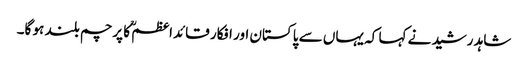
شاہد رشید نے کہا کہ یہاں سے پاکستان اور افکار قائداعظمؒ کا پرچم بلند ہو گا۔